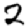
Digit: 2